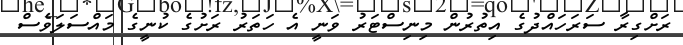
ރަށްގިރާ ސަރަހައްދުގެ އިތުރުން މިނިސްޓަރު ވަނީ އެ ހަތަރު ރަށުގެ ކުނީގެ މައްސަލަވެސް